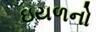
ઇયળનો